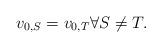
LaTeX: \begin{align*} v_{0,S}=v_{0,T}\forall S\neq T. \end{align*}